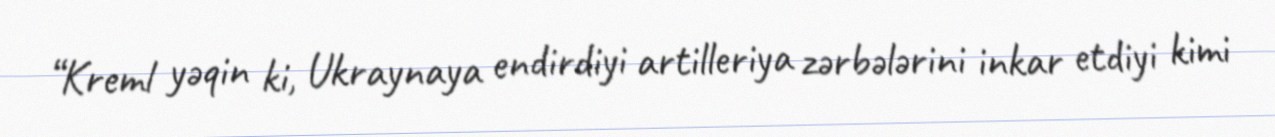
“Kreml yəqin ki, Ukraynaya endirdiyi artilleriya zərbələrini inkar etdiyi kimi